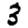
Digit: 3